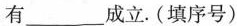
有___成立.(填序号)